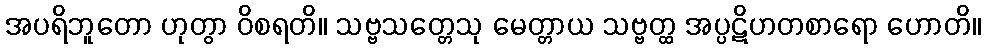
အပရိဘူတော ဟုတွာ ဝိစရတိ။ သဗ္ဗသတ္တေသု မေတ္တာယ သဗ္ဗတ္ထ အပ္ပဋိဟတစာရော ဟောတိ။